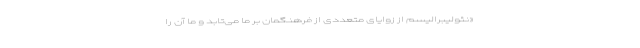
«نئولیبرالیسم از زوایای متعددی از فرهنگمان بر ما می‌تابد و ما آن را